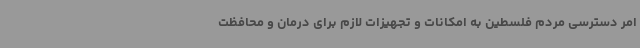
امر دسترسی مردم فلسطین به امکانات و تجهیزات لازم برای درمان و محافظت